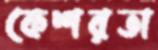
কেশরতা